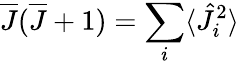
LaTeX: \overline{{J}}(\overline{{J}}+1)=\sum_{i}\langle\hat{J}_{i}^{2}\rangle